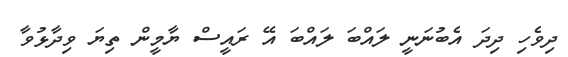
ދިވެހި ދިދަ އެބުނަނީ ލައްބަ ލައްބަ އޭ ރައީސް ޔާމީން ތިޔަ ވިދާޅުވާ